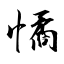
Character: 憰